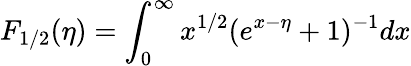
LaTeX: F_{1/2}(\eta)=\int_{0}^{\infty}x^{1/2}(e^{x-\eta}+1)^{-1}dx